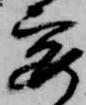
要